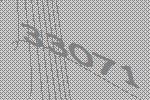
33071